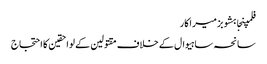
فلمپنجابشوبزمیراکار
سانحہ ساہیوال کے خلاف مقتولین کے لواحقین کا احتجاج